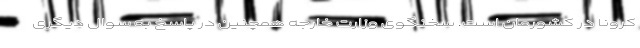
کرونا در کشورمان است. سخنگوی وزارت خارجه همچنین در پاسخ به سوال دیگری